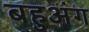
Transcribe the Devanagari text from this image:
बहुअंग